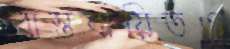
বাস্তবায়িতও